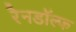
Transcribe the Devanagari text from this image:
रैनडॉल्फ